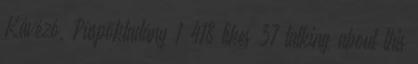
Kávézó, Püspökladány 1 418 likes 37 talking about this